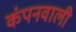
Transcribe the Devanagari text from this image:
कंपनवाली